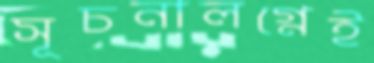
সূচনালগ্নেই